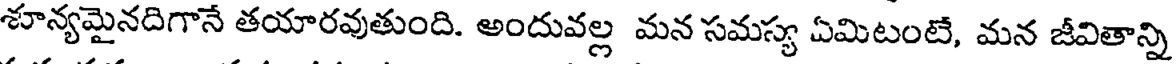
శూన్యమైనదిగానే తయారవుతుంది. అందువల్ల మన సమస్య ఏమిటంటే, మన జీవితాన్ని